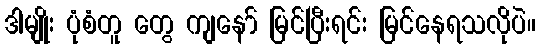
ဒါမျိုး ပုံစံတူ တွေ ကျနော် မြင်ပြီးရင်း မြင်နေရသလိုပဲ။